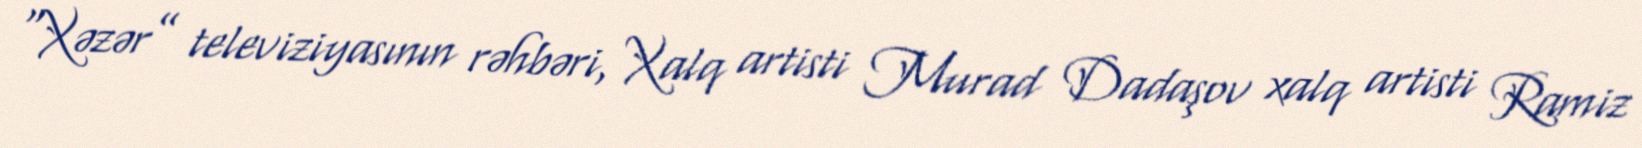
“Xəzər” televiziyasının rəhbəri, Xalq artisti Murad Dadaşov xalq artisti Ramiz